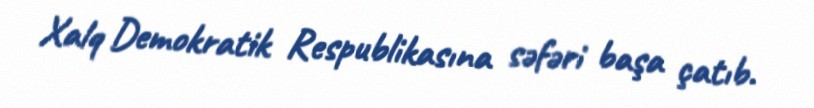
Xalq Demokratik Respublikasına səfəri başa çatıb.